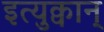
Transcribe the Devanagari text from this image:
इत्युक्वान्